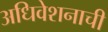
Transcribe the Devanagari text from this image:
अधिवेशनाची